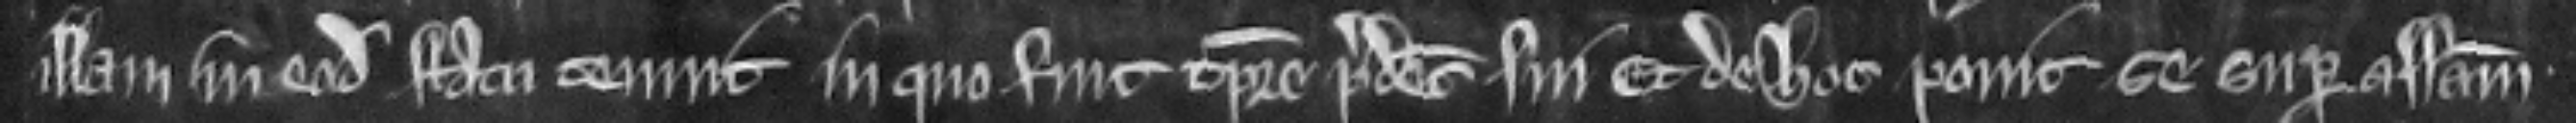
illam in eodem statu tenuit in quo fuit tempore predecessoris sui. Et de hoc ponit se super assisam.